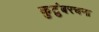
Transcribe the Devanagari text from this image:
कुटुंबरचना